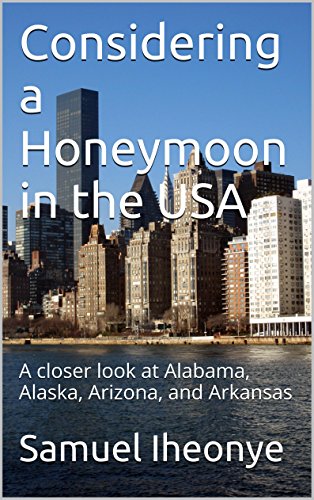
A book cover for Considering a Honeymoon in the USA: A closer look at Alabama, Alaska, Arizona, and Arkansas; Samuel Iheonye; Crafts, Hobbies & Home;